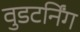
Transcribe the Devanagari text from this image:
वुडटर्निंग